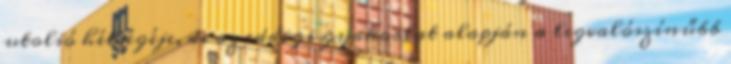
utolsó hétvégéje, de az eddigi gyakorlat alapján a legvalószínűbb